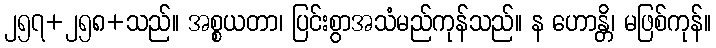
၂၅၇+၂၅၈+သည်။ အစ္စယတာ၊ ပြင်းစွာအသံမည်ကုန်သည်။ န ဟောန္တိ၊ မဖြစ်ကုန်။